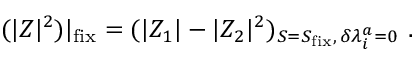
( | Z | ^ { 2 } ) | _ { \mathrm { f i x } } = ( | Z _ { 1 } | - | Z _ { 2 } | ^ { 2 } ) _ { S = S _ { \mathrm { f i x } } , \, \delta \lambda _ { i } ^ { a } = 0 } \ .